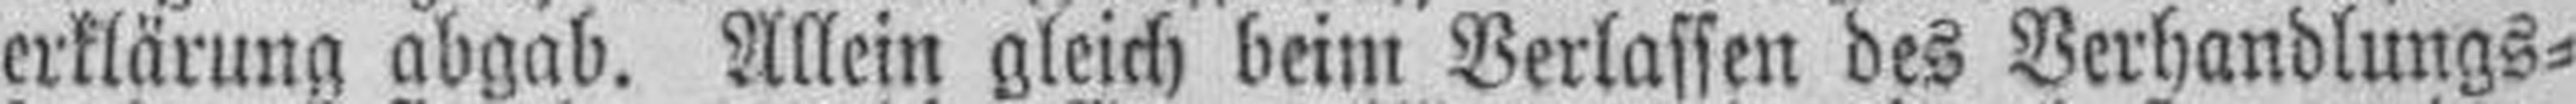
erklärung abgab. Allein gleich beim Verlassen des Verhandlungs¬